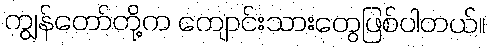
ကျွန်တော်တို့က ကျောင်းသားတွေဖြစ်ပါတယ်။